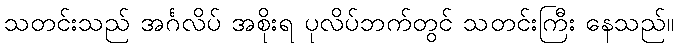
သတင်းသည် အင်္ဂလိပ် အစိုးရ ပုလိပ်ဘက်တွင် သတင်းကြီး နေသည်။